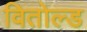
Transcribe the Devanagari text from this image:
वितोल्ड